Elephants and their diseases
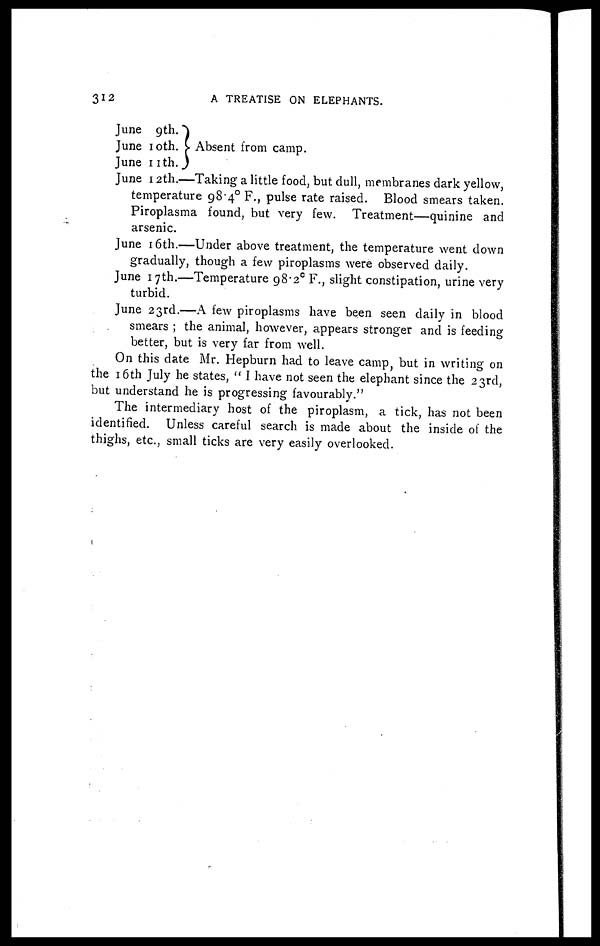
312
A TREATISE ON ELEPHANTS.
June 9th.
June 10th.
June 11th.
Absent from camp.
June 12th.—Taking a little food, but dull, membranes dark yellow,
temperature 98.4° F., pulse rate raised. Blood smears taken.
Piroplasma found, but very few. Treatment—quinine and
arsenic.
June 16th.—Under above treatment, the temperature went down
gradually, though a few piroplasms were observed daily.
June 17th.—Temperature 98.2 c F., slight constipation, urine very
turbid.
June 23rd.—A few piroplasms have been seen daily in blood
smears ; the animal, however, appears stronger and is feeding
better, but is very far from well.
On this date Mr. Hepburn had to leave camp, but in writing on
the 16th July he states, " I have not seen the elephant since the 23rd,
but understand he is progressing favourably."
The intermediary host of the piroplasm, a tick, has not been
identified. Unless careful search is made about the inside of the
thighs, etc., small ticks are very easily overlooked.